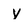
Character: y